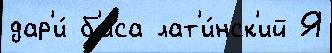
дар'и́ б'иса лат'и́нск'ий Я